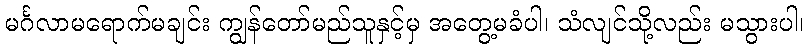
မင်္ဂလာမရောက်မချင်း ကျွန်တော်မည်သူနှင့်မှ အတွေ့မခံပါ၊ သံလျင်သို့လည်း မသွားပါ၊